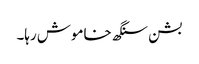
بشن سنگھ خاموش رہا۔